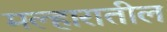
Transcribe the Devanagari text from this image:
मल्हारातील